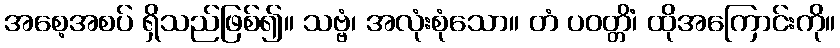
အစေ့အစပ် ရှိသည်ဖြစ်၍။ သဗ္ဗံ၊ အလုံးစုံသော။ တံ ပဝတ္တိံ၊ ထိုအကြောင်းကို။